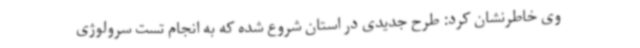
وی خاطرنشان کرد: طرح جدیدی در استان شروع شده که به انجام تست سرولوژی